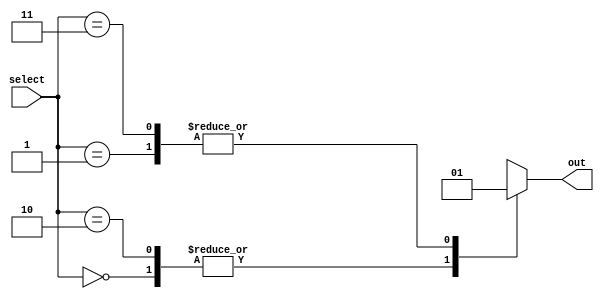
module parallel_case_statement (
    input [1:0] select,
    output reg out
);

always @(*)
begin
    case (select)
        2'b00: out = 1'b0;
        2'b01: out = 1'b1;
        2'b10: out = 1'b0;
        2'b11: out = 1'b1;
        default: out = 1'b0;
    endcase
end

endmodule